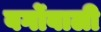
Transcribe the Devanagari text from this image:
वर्गोवाली